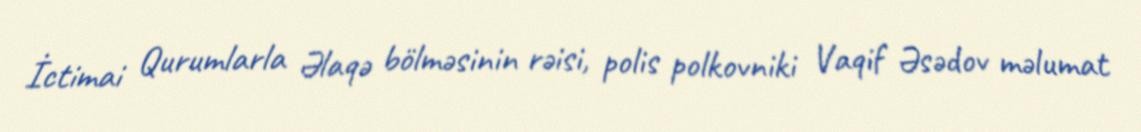
İctimai Qurumlarla Əlaqə bölməsinin rəisi, polis polkovniki Vaqif Əsədov məlumat